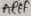
Text: AREF